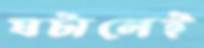
ঘটালেই